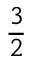
\frac 3 2